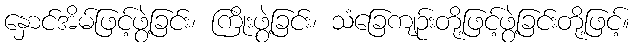
နှောင်အိမ်ဖြင့်ဖွဲ့ခြင်း၊ ကြိုးဖွဲ့ခြင်း၊ သံခြေကျဉ်းတို့ဖြင့်ဖွဲ့ခြင်းတို့ဖြင့်။